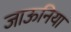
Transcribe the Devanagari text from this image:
जाऊनिया